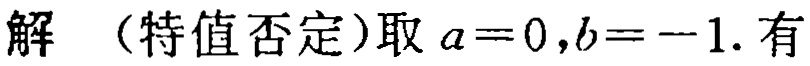
解 （特值否定）取 \(a = 0,b = - 1\). 有